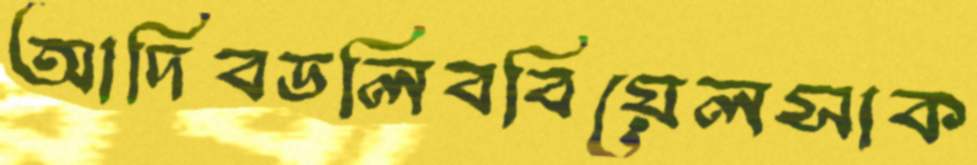
আদিবডলিববিয়েলসাক